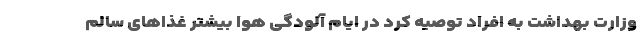
وزارت بهداشت به افراد توصیه کرد در ایام آلودگی هوا بیشتر غذاهای سالم